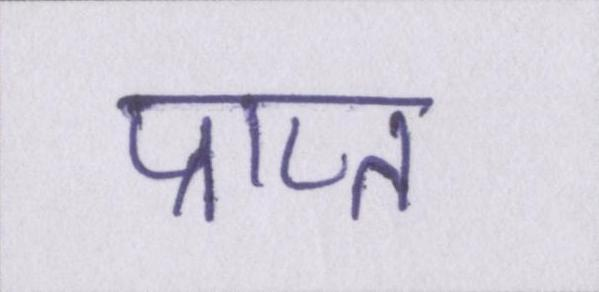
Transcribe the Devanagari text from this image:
प्राप्त